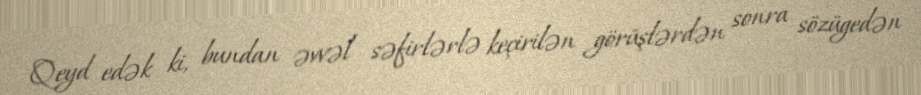
Qeyd edək ki, bundan əvvəl səfirlərlə keçirilən görüşlərdən sonra sözügedən